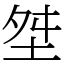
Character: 㘶